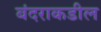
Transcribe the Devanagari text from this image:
बंदराकडील